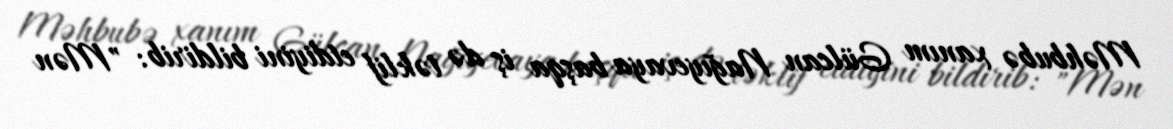
Məhbubə xanım Gülcan Nağıyevaya başqa iş də təklif etdiyini bildirib: "Mən